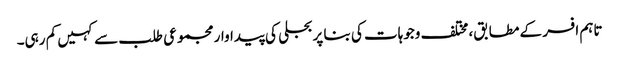
تاہم افسر کے مطابق، مختلف وجوہات کی بنا پر بجلی کی پیداوار مجموعی طلب سے کہیں کم رہی۔